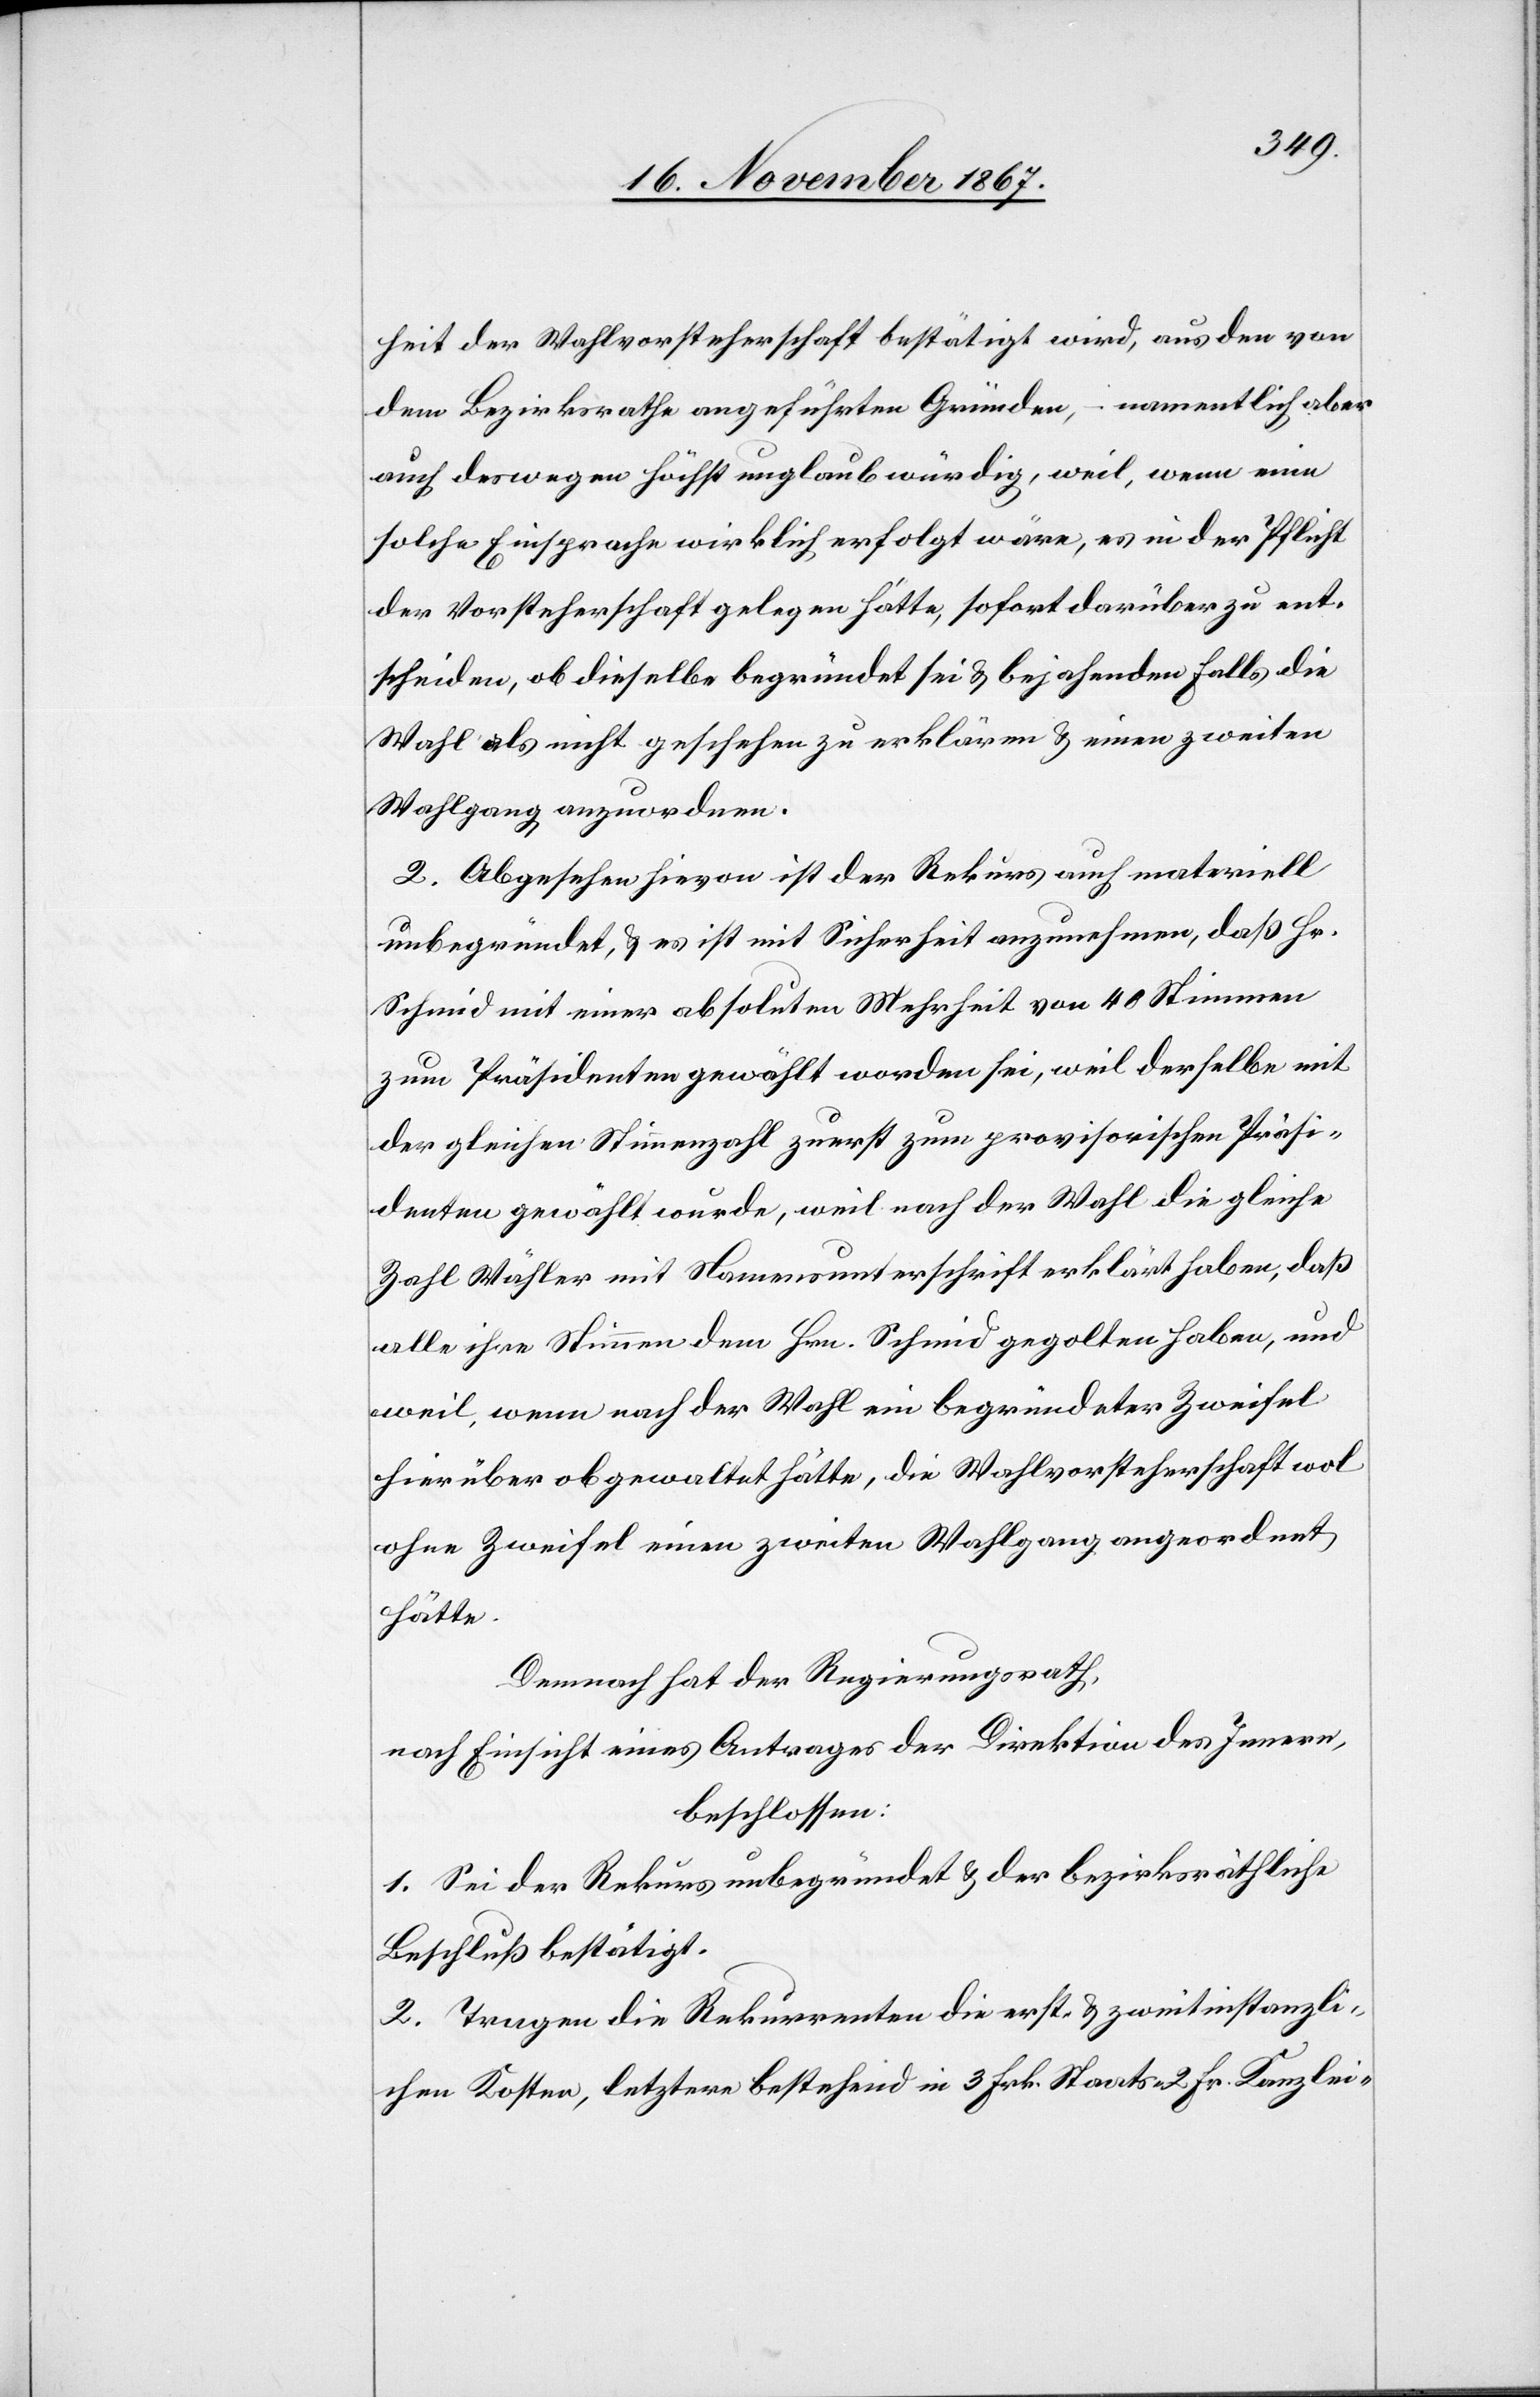
heit der Wahlvorsteherschaft bestätigt wird, aus den von
dem Bezirksrathe angeführten Gründen, – namentlich aber
auch deswegen höchst unglaubwürdig, weil, wenn eine
solche Einsprache wirklich erfolgt wäre, es in der Pflicht
der Vorsteherschaft gelegen hätte, sofort darüber zu ent¬
scheiden, ob dieselbe begründet sei u. bejahenden Falls die
Wahl als nicht geschehen zu erklären u. einen zweiten
Wahlgang anzuordnen.
2. Abgesehen hievon ist der Rekurs auch materiell
unbegründet, u. es ist mit Sicherheit anzunehmen, daß Hr.
Schmid mit einer absoluten Mehrheit von 40 Stimmen
zum Präsidenten gewählt worden sei, weil derselbe mit
der gleichen Stimmenzahl zuerst zum provisorischen Präsi¬
denten gewählt wurde, weil nach der Wahl die ganze
Zahl Wähler mit Namensunterschrift erklärt haben, daß
alle ihre Stimmen dem Hrn. Schmid gegolten haben, und
weil, wenn nach der Wahl ein begründeter Zweifel
hierüber obgewaltet hätte, die Wahlvorsteherschaft wol
ohne Zweifel einen zweiten Wahlgang angeordnet
hätte.
Demnach hat der Regierungsrath,
nach Einsicht eines Antrages der Direktion des Innern,
beschlossen:
1. Sei der Rekurs unbegründet u. der bezirksräthliche
Beschluß bestätigt.
2. Tragen die Rekurrenten die erst- u. zweitinstanzli¬
chen Kosten, letztere bestehend in 3 Frk. Staats-[,] 2 Frk. Kanzlei-